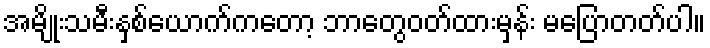
အမျိုးသမီးနှစ်ယောက်ကတော့ ဘာတွေဝတ်ထားမှန်း မပြောတတ်ပါ။